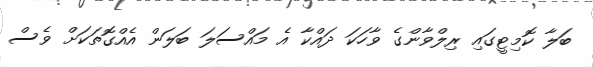
ބަލާ ކޮމިޓީގައި ރިލްވާންގެ ވާހަކަ ދައްކާ އެ މައްސަލަ ބަލަން އެއްގޮތަކަށް ވެސް